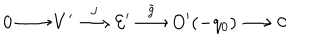
0 \longrightarrow V ^ { \prime } \stackrel { j } { \longrightarrow } { \cal E ^ { \prime } } \stackrel { { \tilde { g } } } { \longrightarrow } O ^ { \prime } ( - q _ { 0 } ) \longrightarrow 0